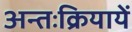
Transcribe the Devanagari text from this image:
अन्तःक्रियायें